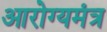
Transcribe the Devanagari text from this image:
आरोग्यमंत्र